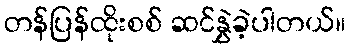
တန်ပြန်ထိုးစစ် ဆင်နွှဲခဲ့ပါတယ်။